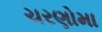
ચરણોમા